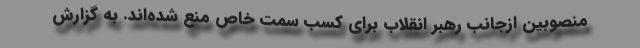
منصوبین ازجانب رهبر انقلاب برای کسب سمت خاص منع شده‌اند. به گزارش